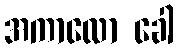
အကာလော ခေါ